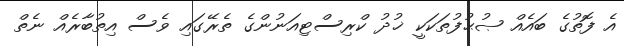
އެ ފޮތުގެ ބައެއް ޞުޙުފުތަކަކީ ޚުދު ކްރިސްޓިއަނުންގެ ތެރޭގައި ވެސް އިތުބާރެއް ނެތް